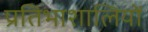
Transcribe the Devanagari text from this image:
प्रतिभाशालियों